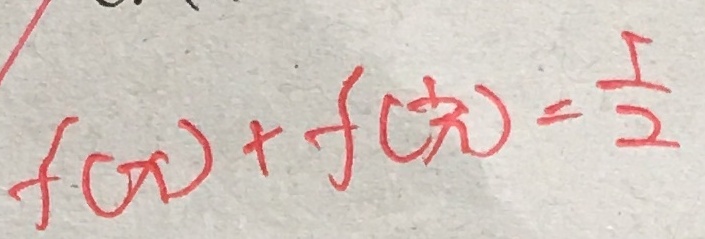
f ( x ) + f ( \frac { 1 } { x } ) = \frac { 5 } { 2 }